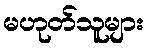
မဟုတ်သူများ